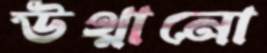
উথ্‌লানো